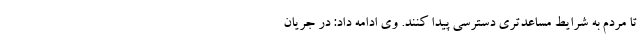
تا مردم به شرایط مساعدتری دسترسی پیدا کنند. وی ادامه داد: در جریان